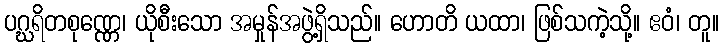
ပဂ္ဃရိတစုဏ္ဏေ၊ ယိုစီးသော အမှုန်အဖွဲ့ရှိသည်။ ဟောတိ ယထာ၊ ဖြစ်သကဲ့သို့။ ဧဝံ၊ တူ။